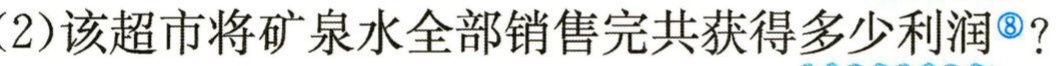
(2)该超市将矿泉水全部销售完共获得多少利润<sup>\textcircled{8}</sup>？